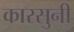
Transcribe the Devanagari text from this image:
कारसुनी